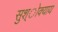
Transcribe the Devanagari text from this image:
सुश्ोक्याय